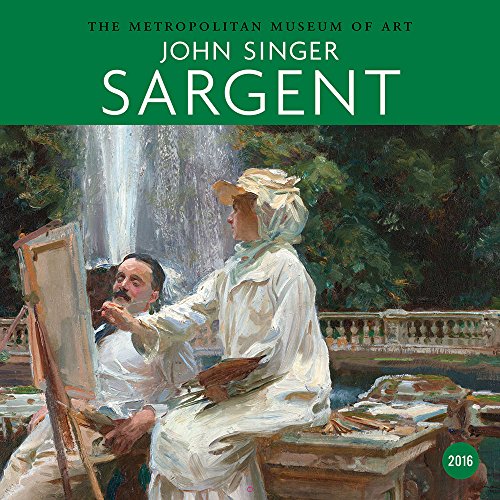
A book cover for John Singer Sargent 2016 Wall Calendar; Metropolitan Museum Of Art; Calendars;